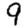
Digit: 9